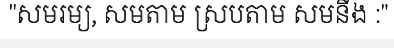
"សមរម្យ, សមតាម ស្របតាម សមនឹង :"